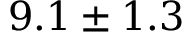
9 . 1 \pm 1 . 3